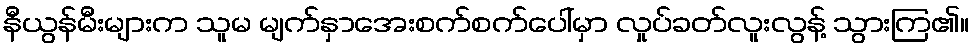
နီယွန်မီးများက သူမ မျက်နှာအေးစက်စက်ပေါ်မှာ လှုပ်ခတ်လူးလွန့် သွားကြ၏။